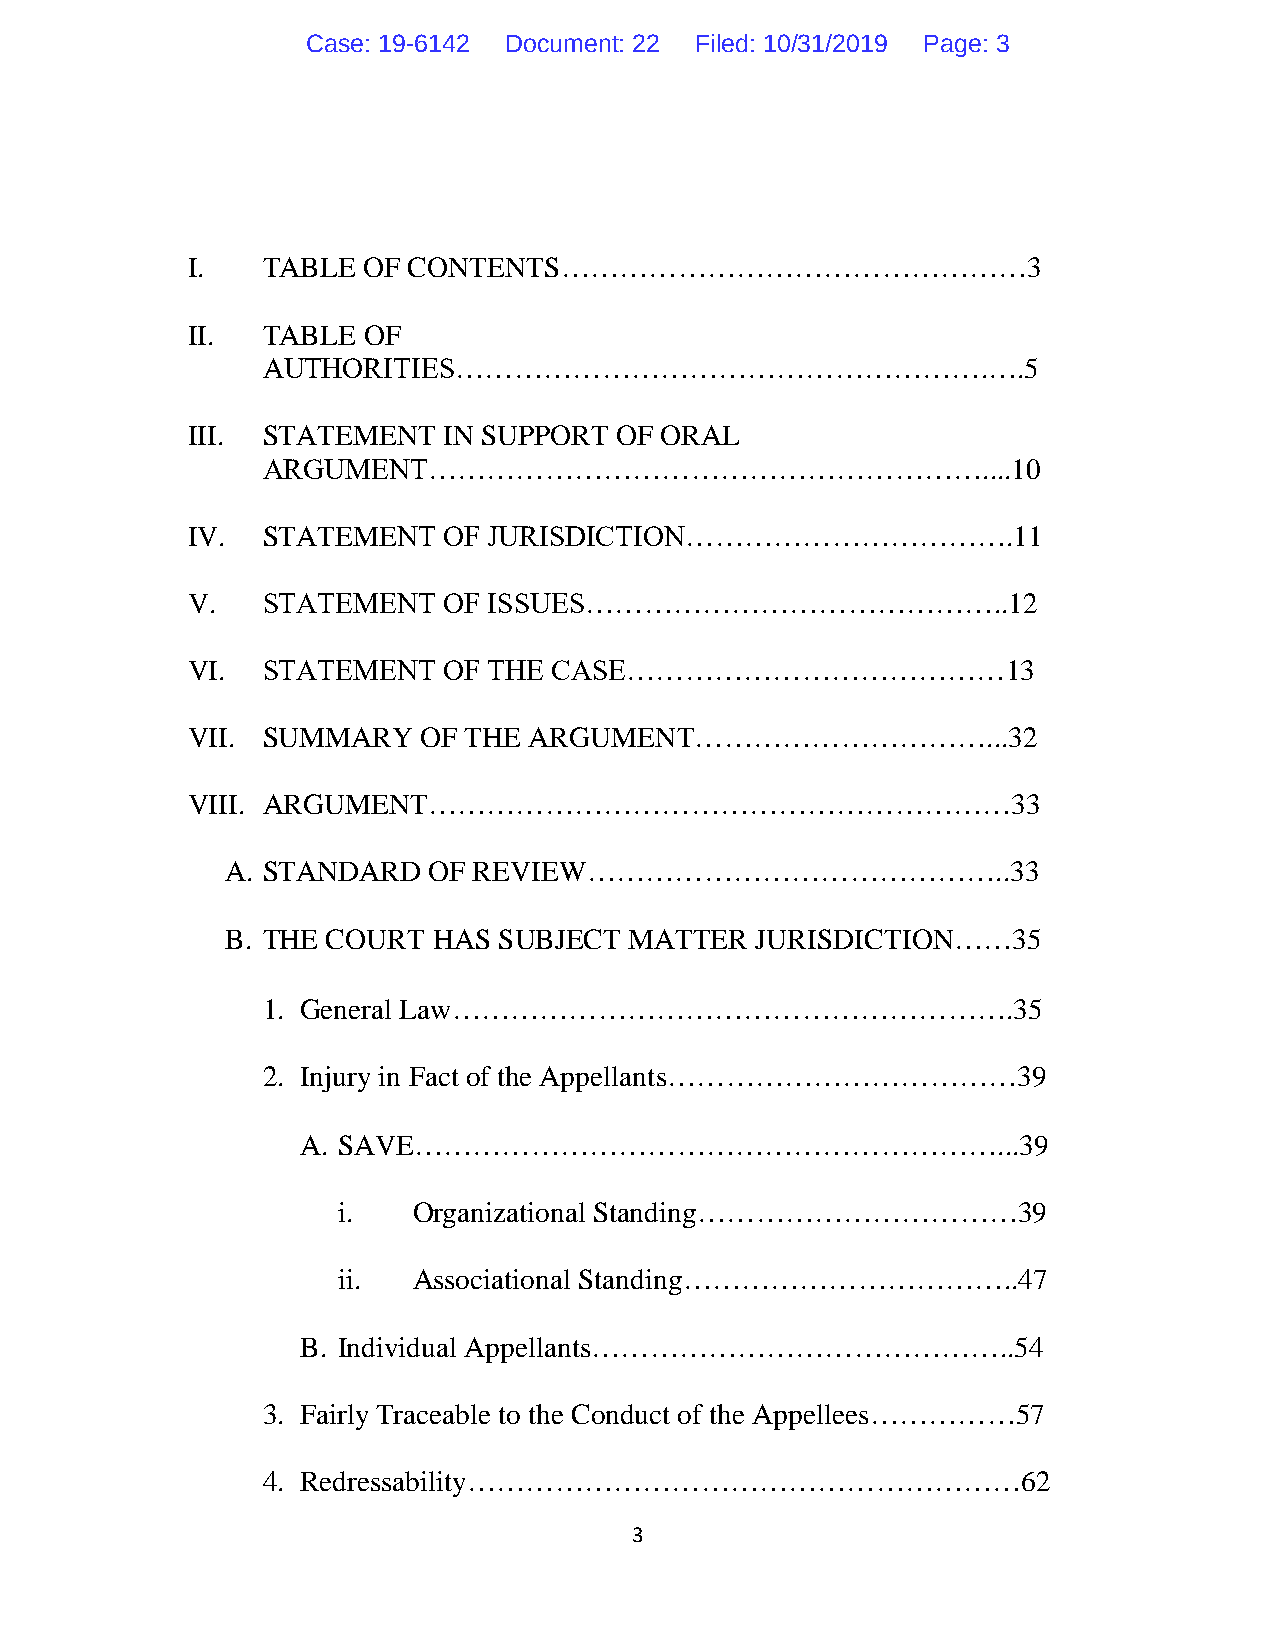
Case: 19-6142 Document: 22 Filed: 10/31/2019 Page: 3
 I.   TABLE  OF CONTENTS…………………………………………3
 II.  TABLE  OF
 AUTHORITIES……………………………………………….….5
 III. STATEMENT   IN SUPPORT  OF ORAL
 ARGUMENT…………………………………………………....10
 IV.  STATEMENT   OF JURISDICTION…………………………….11
 V.   STATEMENT   OF ISSUES……………………………………..12
 VI.  STATEMENT   OF THE  CASE…………………………………13
 VII. SUMMARY    OF THE ARGUMENT…………………………...32
 VIII. ARGUMENT……………………………………………………33
 A. STANDARD  OF REVIEW……………………………………..33
 B. THE COURT  HAS SUBJECT  MATTER  JURISDICTION……35
 1. General Law………………………………………………….35
 2. Injury in Fact of the Appellants………………………………39
 A. SAVE……………………………………………………...39
 i.   Organizational Standing……………………………39
 ii.  Associational Standing……………………………..47
 B. Individual Appellants……………………………………..54
 3. Fairly Traceable to the Conduct of the Appellees……………57
 4. Redressability…………………………………………………62
 3